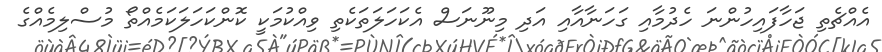
އެއްޗެތި ޖަހާފައިހުންނަ ހެދުމާއި ގަހަނާއާއި އަދި މިނޫނަސް އެކަހަލަތަކެތި ވިއްކުމަކީ ކޮންކަހަލަކަމެއްތޯ މުސްލިމެއްގެ